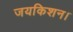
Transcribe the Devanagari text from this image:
जयकिशन।